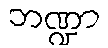
ဘဏ္ဍာ